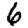
Digit: 6